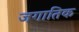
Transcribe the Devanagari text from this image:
जगातिक